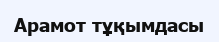
Арамот тұқымдасы